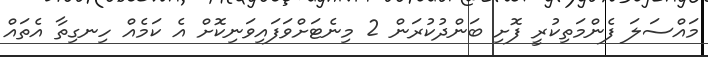
މައްސަލަ ފެންމަތިކުރީ ފޮށި ބަންދުކުރަން 2 މިނެޓަށްވަފައިވަނިކޮށް އެ ކަމެއް ހިނގިތާ އެތައް